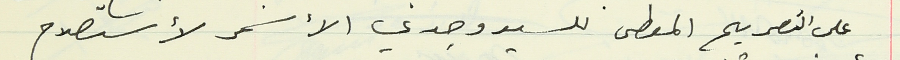
على التصريح المعطى للسيد وجدي الأسمر لأستصلاح